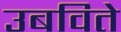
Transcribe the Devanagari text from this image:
उबविते